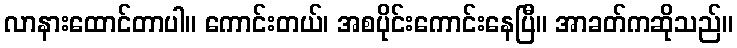
လာနားထောင်တာပါ။ ကောင်းတယ်၊ အစပိုင်းကောင်းနေပြီ။ အာခတ်ကဆိုသည်။